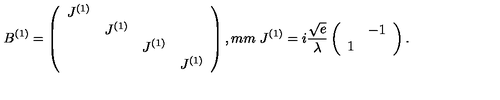
B ^ { ( 1 ) } = \left( \begin{array} { c c c c } { J ^ { ( 1 ) } } & { } & { } & { } \\ { } & { J ^ { ( 1 ) } } & { } & { } \\ { } & { } & { J ^ { ( 1 ) } } & { } \\ { } & { } & { } & { J ^ { ( 1 ) } } \\ \end{array} \right) , \makebox [ 3 m m ] { } J ^ { ( 1 ) } = i \frac { \sqrt { e } } { \lambda } \left( \begin{array} { c c } { } & { - 1 } \\ { 1 } & { } \\ \end{array} \right) .